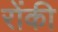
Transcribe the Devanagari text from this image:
रोंकी